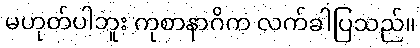
မဟုတ်ပါဘူး ကုစာနာဂိက လက်ခါပြသည်။